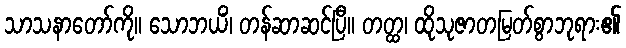
သာသနာတော်ကို။ သောဘယိံ၊ တန်ဆာဆင်ပြီ။ တတ္ထ၊ ထိုသုဇာတမြတ်စွာဘုရား၏